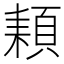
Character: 𩓕